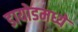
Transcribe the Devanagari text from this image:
डायोडमध्ये